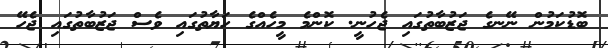
ބޮޑުކަމުން ނޭނގެ ޖަޒުބާތުގައި ޖެހުނީ. ކޮންމެ މީހެއްގެ ހަޔާތުގައި ވެސް ޖަޒުބާތުގައި ޖެހޭ